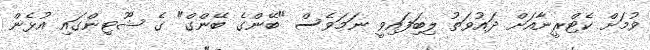
ވުމަށް ކެޓްރީނާއަށް ދައުވަތު ލިބިަފައިވީ ނަމަވެސް "ބޭންގެ ބޭންގް" ގެ ޝޫޓިންގައި އުޅެން